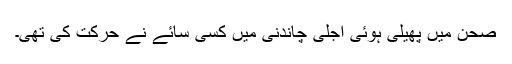
صحن میں پھیلی ہوئی اجلی چاندنی میں کسی سائے نے حرکت کی تھی۔